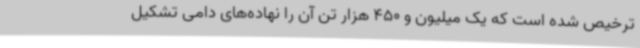
ترخیص شده است که یک میلیون و 450 هزار تن آن را نهاده‌های دامی تشکیل